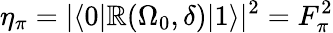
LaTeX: \eta_{\pi}=|\langle0|\mathbb{R}(\Omega_{0},\delta)|1\rangle|^{2}=F_{\pi}^{2}